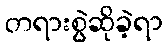
တရားစွဲဆိုခဲ့ရာ